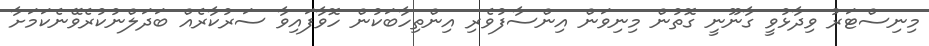
މިނިސްޓަރު ވިދާޅުވީ ގާނޫނީ ގޮތުން މިނިވަން އިންސާފުވެރި އިންތިހާބަކުން ހޮވާފައިވާ ސަރުކާރެއް ބަދަލްނުކުރެވޭނެކަމަށާާ